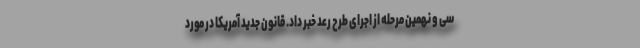
سی و نهمین مرحله از اجرای طرح رعد خبر داد. قانون جدید آمریکا در مورد